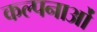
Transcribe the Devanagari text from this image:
कल्‍पनाओं